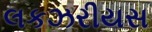
લકઝરીયસ